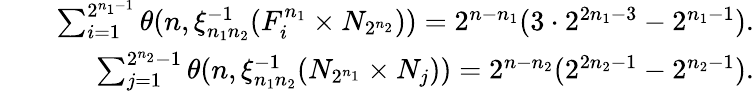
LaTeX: \begin{array}{rlr}&{}&{\sum_{i=1}^{2^{n_{1}-1}}\theta(n,\xi_{n_{1}n_{2}}^{-1}(F_{i}^{n_{1}}\times N_{2^{n_{2}}}))=2^{n-n_{1}}(3\cdot 2^{2n_{1}-3}-2^{n_{1}-1}).}\\ &{}&{\sum_{j=1}^{2^{n_{2}}-1}\theta(n,\xi_{n_{1}n_{2}}^{-1}(N_{2^{n_{1}}}\times N_{j}))=2^{n-n_{2}}(2^{2n_{2}-1}-2^{n_{2}-1}).}\end{array}